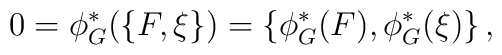
0=\phi_G^*(\{F,\xi\})=\{\phi_G^*(F),\phi_G^*(\xi)\}\,,